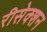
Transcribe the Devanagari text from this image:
रीसेक्शन